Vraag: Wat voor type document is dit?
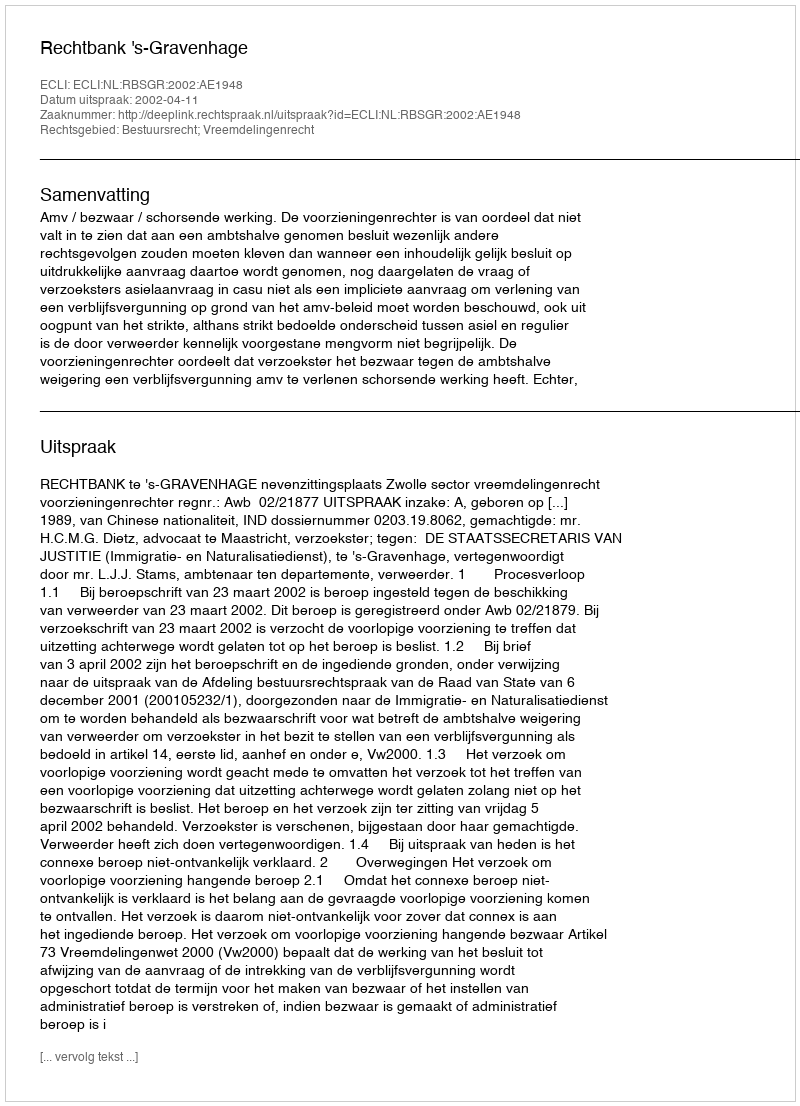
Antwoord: Uitspraak